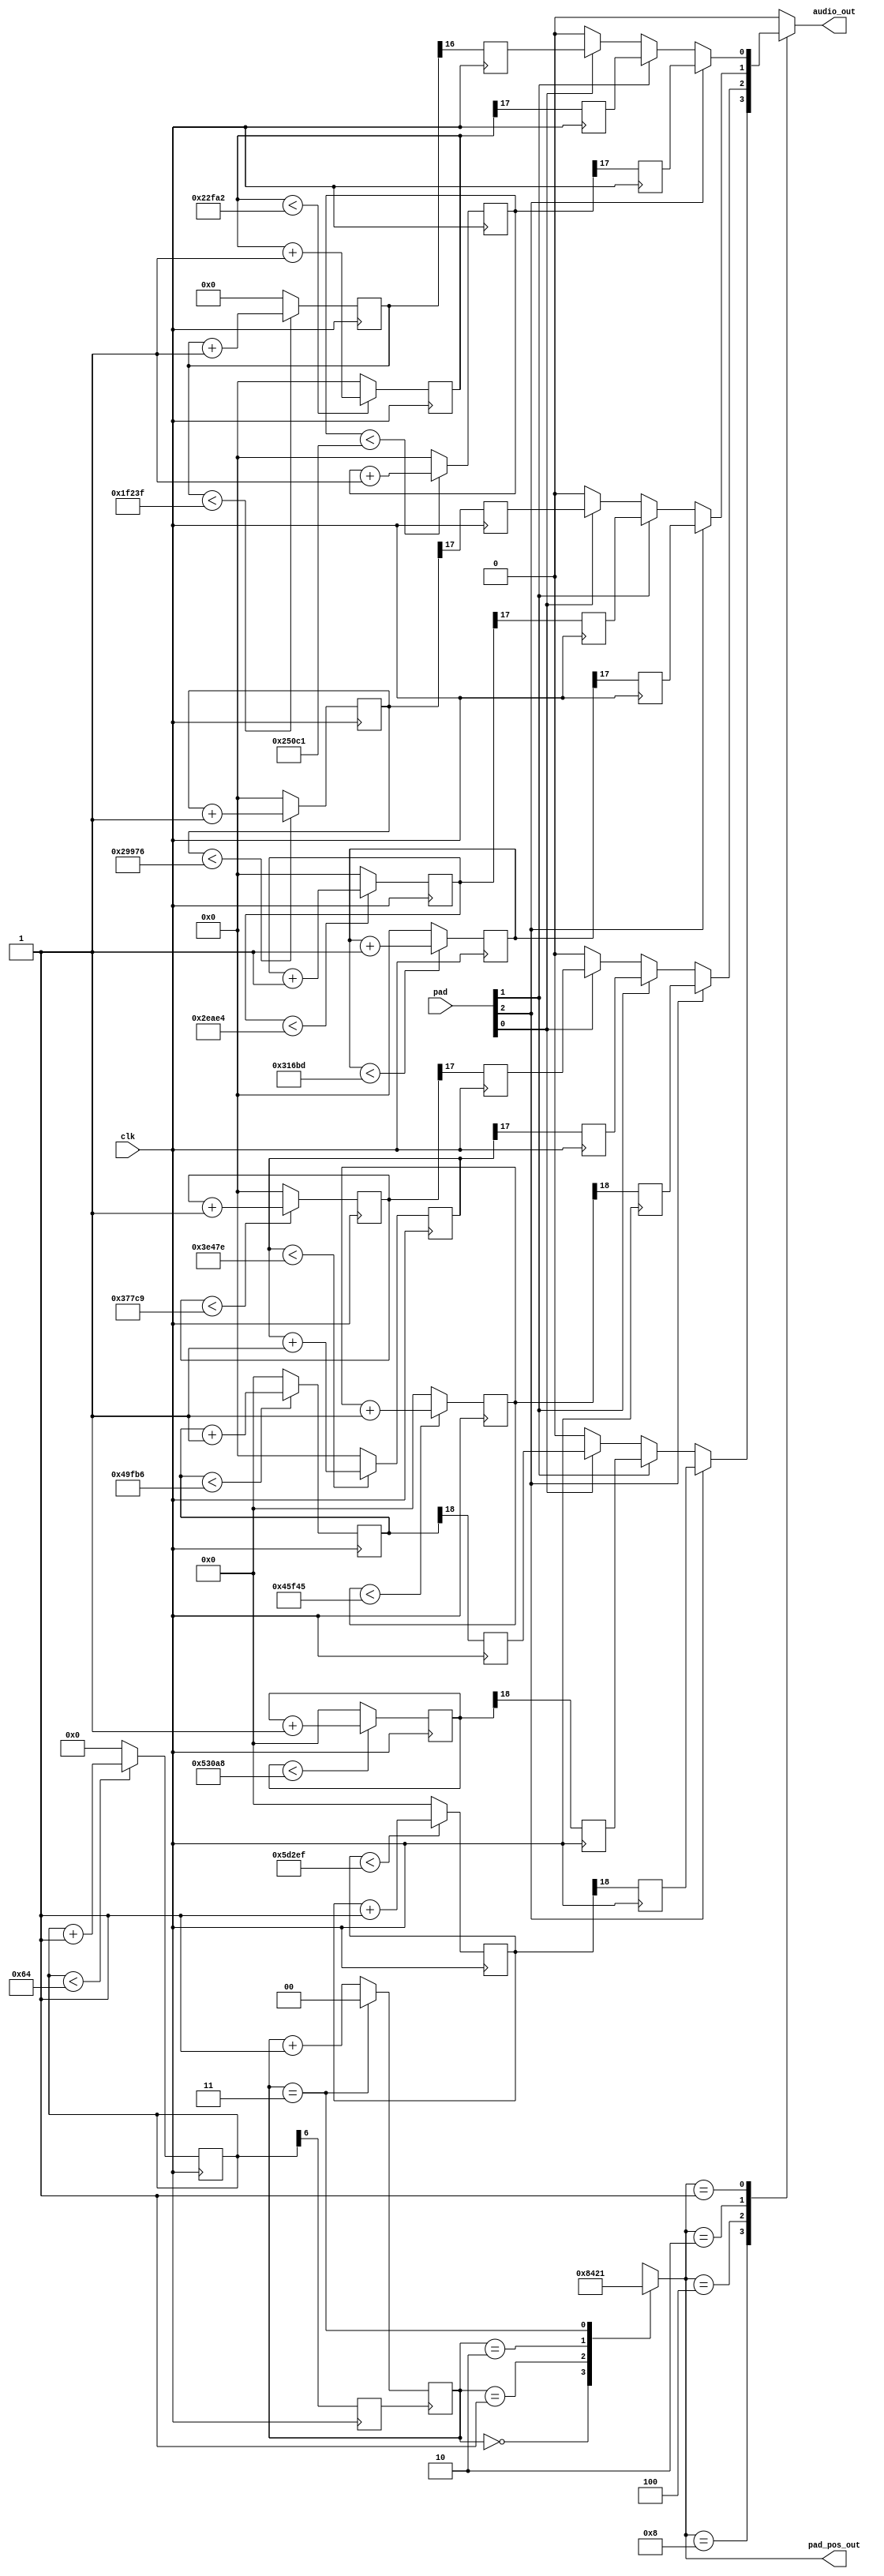
`timescale 1ns / 1ps

module sound_pad(
    input clk,
    input [0:2] pad,
    output [0:3] pad_pos_out,
    output audio_out
    );


    //oscillator devide
    reg [6:0] div_r;
    reg [18:0] div_1;
    reg [18:0] div_2;
    reg [18:0] div_3;
    reg [18:0] div_4;
    reg [17:0] div_5;
    reg [17:0] div_6;
    reg [17:0] div_7;
    reg [17:0] div_8;
    reg [17:0] div_9;
    reg [17:0] div_10;
    reg [17:0] div_11;
    reg [16:0] div_12;
    initial begin
        div_r = 7'd0;
    end
    reg clk_r; //refresh clock
    always @(posedge clk) begin
        if (div_r < 7'd100) begin //1MHz 
            div_r <= div_r + 1;
        end
        else begin
            div_r <= 7'd0;
        end
        clk_r <= div_r[6];
    end
    reg clk_1; //262Hz
    always @(posedge clk) begin
        if (div_1 < 19'd381_679) begin //262Hz 
            div_1 <= div_1 + 1;
        end
        else begin
            div_1 <= 19'd0;
        end
        clk_1 <= div_1[18];
    end
    reg clk_2; //294Hz
    always @(posedge clk) begin
        if (div_2 < 19'd340_136) begin //294Hz 
            div_2 <= div_2 + 1;
        end
        else begin
            div_2 <= 19'd0;
        end
        clk_2 <= div_2[18];
    end
    reg clk_3; //330Hz
    always @(posedge clk) begin
        if (div_3 < 19'd303_030) begin //330Hz 
            div_3 <= div_3 + 1;
        end
        else begin
            div_3 <= 19'd0;
        end
        clk_3 <= div_3[18];
    end
    reg clk_4; //349Hz
    always @(posedge clk) begin
        if (div_4 < 19'd286_533) begin //349Hz 
            div_4 <= div_4 + 1;
        end
        else begin
            div_4 <= 19'd0;
        end
        clk_4 <= div_4[18];
    end
    reg clk_5; //392Hz
    always @(posedge clk) begin
        if (div_5 < 18'd255_102) begin //392Hz 
            div_5 <= div_5 + 1;
        end
        else begin
            div_5 <= 18'd0;
        end
        clk_5 <= div_5[17];
    end
    reg clk_6; //440Hz
    always @(posedge clk) begin
        if (div_6 < 18'd227_273) begin //440Hz 
            div_6 <= div_6 + 1;
        end
        else begin
            div_6 <= 18'd0;
        end
        clk_6 <= div_6[17];
    end
    reg clk_7; //494Hz
    always @(posedge clk) begin
        if (div_7 < 18'd202_429) begin //494Hz 
            div_7 <= div_7 + 1;
        end
        else begin
            div_7 <= 18'd0;
        end
        clk_7 <= div_7[17];
    end
    reg clk_8; //523Hz
    always @(posedge clk) begin
        if (div_8 < 18'd191_204) begin //523Hz 
            div_8 <= div_8 + 1;
        end
        else begin
            div_8 <= 18'd0;
        end
        clk_8 <= div_8[17];
    end
    reg clk_9; //587Hz
    always @(posedge clk) begin
        if (div_9 < 18'd170_358) begin //587Hz 
            div_9 <= div_9 + 1;
        end
        else begin
            div_9 <= 18'd0;
        end
        clk_9 <= div_9[17];
    end
    reg clk_10; //659Hz
    always @(posedge clk) begin
        if (div_10 < 18'd151_745) begin //659Hz 
            div_10 <= div_10 + 1;
        end
        else begin
            div_10 <= 18'd0;
        end
        clk_10 <= div_10[17];
    end
    reg clk_11; //698Hz
    always @(posedge clk) begin
        if (div_11 < 18'd143_266) begin //698Hz 
            div_11 <= div_11 + 1;
        end
        else begin
            div_11 <= 18'd0;
        end
        clk_11 <= div_11[17];
    end
    reg clk_12; //784Hz
    always @(posedge clk) begin
        if (div_12 < 17'd127_551) begin //784Hz 
            div_12 <= div_12 + 1;
        end
        else begin
            div_12 <= 17'd0;
        end
        clk_12 <= div_12[16];
    end


    //ABCD refresh
    reg [1:0] signal = 2'b00;
    always @(posedge clk_r) begin
        if(signal == 2'b11) begin
            signal = 2'b00;
        end
        else begin
            signal <= signal + 1;
        end
    end
    
    reg [0:3] pad_pos = 4'b0000;
    always @(*) begin
        case(signal)
            2'b00: pad_pos = 4'b1000;
            2'b01: pad_pos = 4'b0100;
            2'b10: pad_pos = 4'b0010;
            2'b11: pad_pos = 4'b0001;
            default: pad_pos = 4'b0000;
        endcase
    end


    //EFG detection
    reg audio_signal = 1'b0;
    always @(*) begin
        case(pad_pos)
            4'b1000: begin
                if(pad[0] == 1'b1) begin //1
                    audio_signal = clk_1;
                end
                else if(pad[1] == 1'b1) begin
                    audio_signal = clk_2;
                end
                else if(pad[2] == 1'b1) begin
                    audio_signal = clk_3;
                end
                else begin
                audio_signal = 1'b0;
                end
            end
            4'b0100: begin
                if(pad[0] == 1'b1) begin //4
                    audio_signal = clk_4;
                end
                else if(pad[1] == 1'b1) begin
                    audio_signal = clk_5;
                end
                else if(pad[2] == 1'b1) begin
                    audio_signal = clk_6;
                end
                else begin
                    audio_signal = 1'b0;
                end
            end
            4'b0010: begin
                if(pad[0] == 1'b1) begin //7
                    audio_signal = clk_7;
                end
                else if(pad[1] == 1'b1) begin
                    audio_signal = clk_8;
                end
                else if(pad[2] == 1'b1) begin
                    audio_signal = clk_9;
                end
                else begin
                    audio_signal = 1'b0;
                end
            end
            4'b0001: begin
                if(pad[0] == 1'b1) begin //*
                    audio_signal = clk_10;
                end
                else if(pad[1] == 1'b1) begin
                    audio_signal = clk_11;
                end
                else if(pad[2] == 1'b1) begin
                    audio_signal = clk_12;
                end
                else begin
                    audio_signal = 1'b0;
                end
            end
            default: begin
                audio_signal = 1'b0;
            end
        endcase
    end

    //output
    assign pad_pos_out = pad_pos;
    assign audio_out = audio_signal;

endmodule